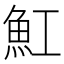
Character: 魟